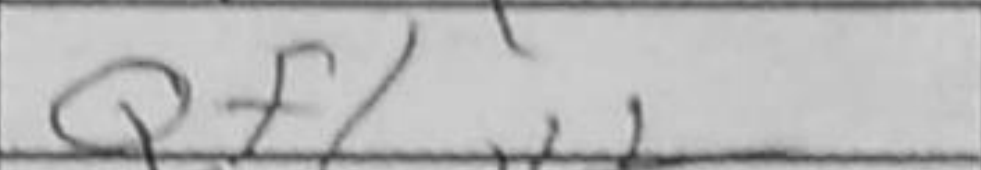
Transcription: Qf1